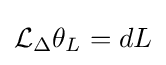
{\mathcal {L}}_{\Delta }\theta _{L}=dL